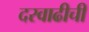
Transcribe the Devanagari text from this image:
दरवाढीची